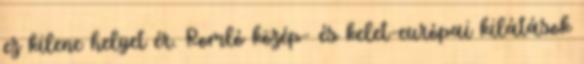
ez kilenc helyet ér. Romló közép- és kelet-európai kilátások